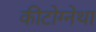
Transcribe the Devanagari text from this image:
कीटोग्नेथा